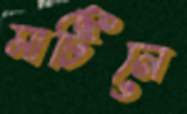
মার্টিনে